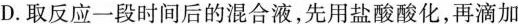
D.取反应一段时间后的混合液，先用盐酸酸化，再滴加